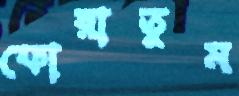
ফোরাতুম